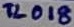
Text: TL018